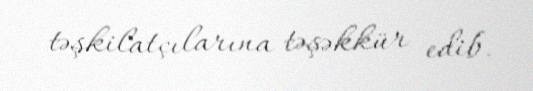
təşkilatçılarına təşəkkür edib.